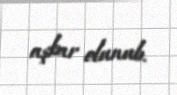
aşkar olunub.